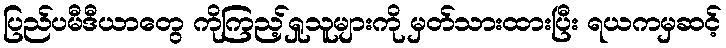
ပြည်ပမီဒီယာတွေ ကိုကြည့်ရှုသူများကို မှတ်သားထားပြီး ရယကမှဆင့်